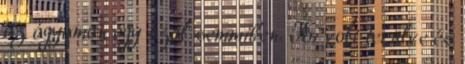
az ágyamon egy szál semmiben. Ki volt terülve és